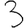
Digit: 3